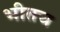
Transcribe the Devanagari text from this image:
भीतच